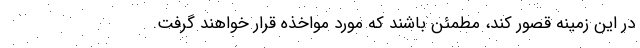
در این زمینه قصور کند، مطمئن باشند که مورد مواخذه قرار خواهند گرفت.